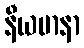
နီယမာနာ